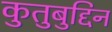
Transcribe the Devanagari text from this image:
कुतुबुद्दिन